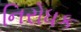
નિરોધક